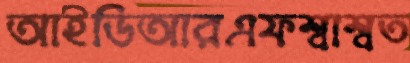
আইডিআরএফশ্বাশ্বত